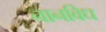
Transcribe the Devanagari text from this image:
नानविध